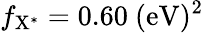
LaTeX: f_{\mathrm{{X^{*}}}}=0.60~\mathrm{{(eV)^{2}}}